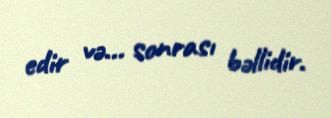
edir və... sonrası bəllidir.